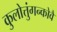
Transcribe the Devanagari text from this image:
कुलोत्तुंगन्कोवै